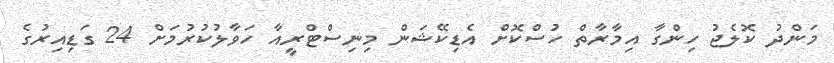
މަންދު ކޮލެޖު ހިންގާ އިމާރާތް ހުސްކޮށް އެޑިކޭޝަން މިނިސްޓްރީއާ ހަވާލުކުރުމަށް 24 ގަޑިއިރުގެ